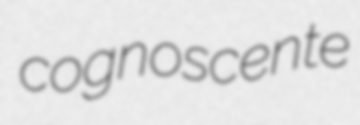
cognoscente